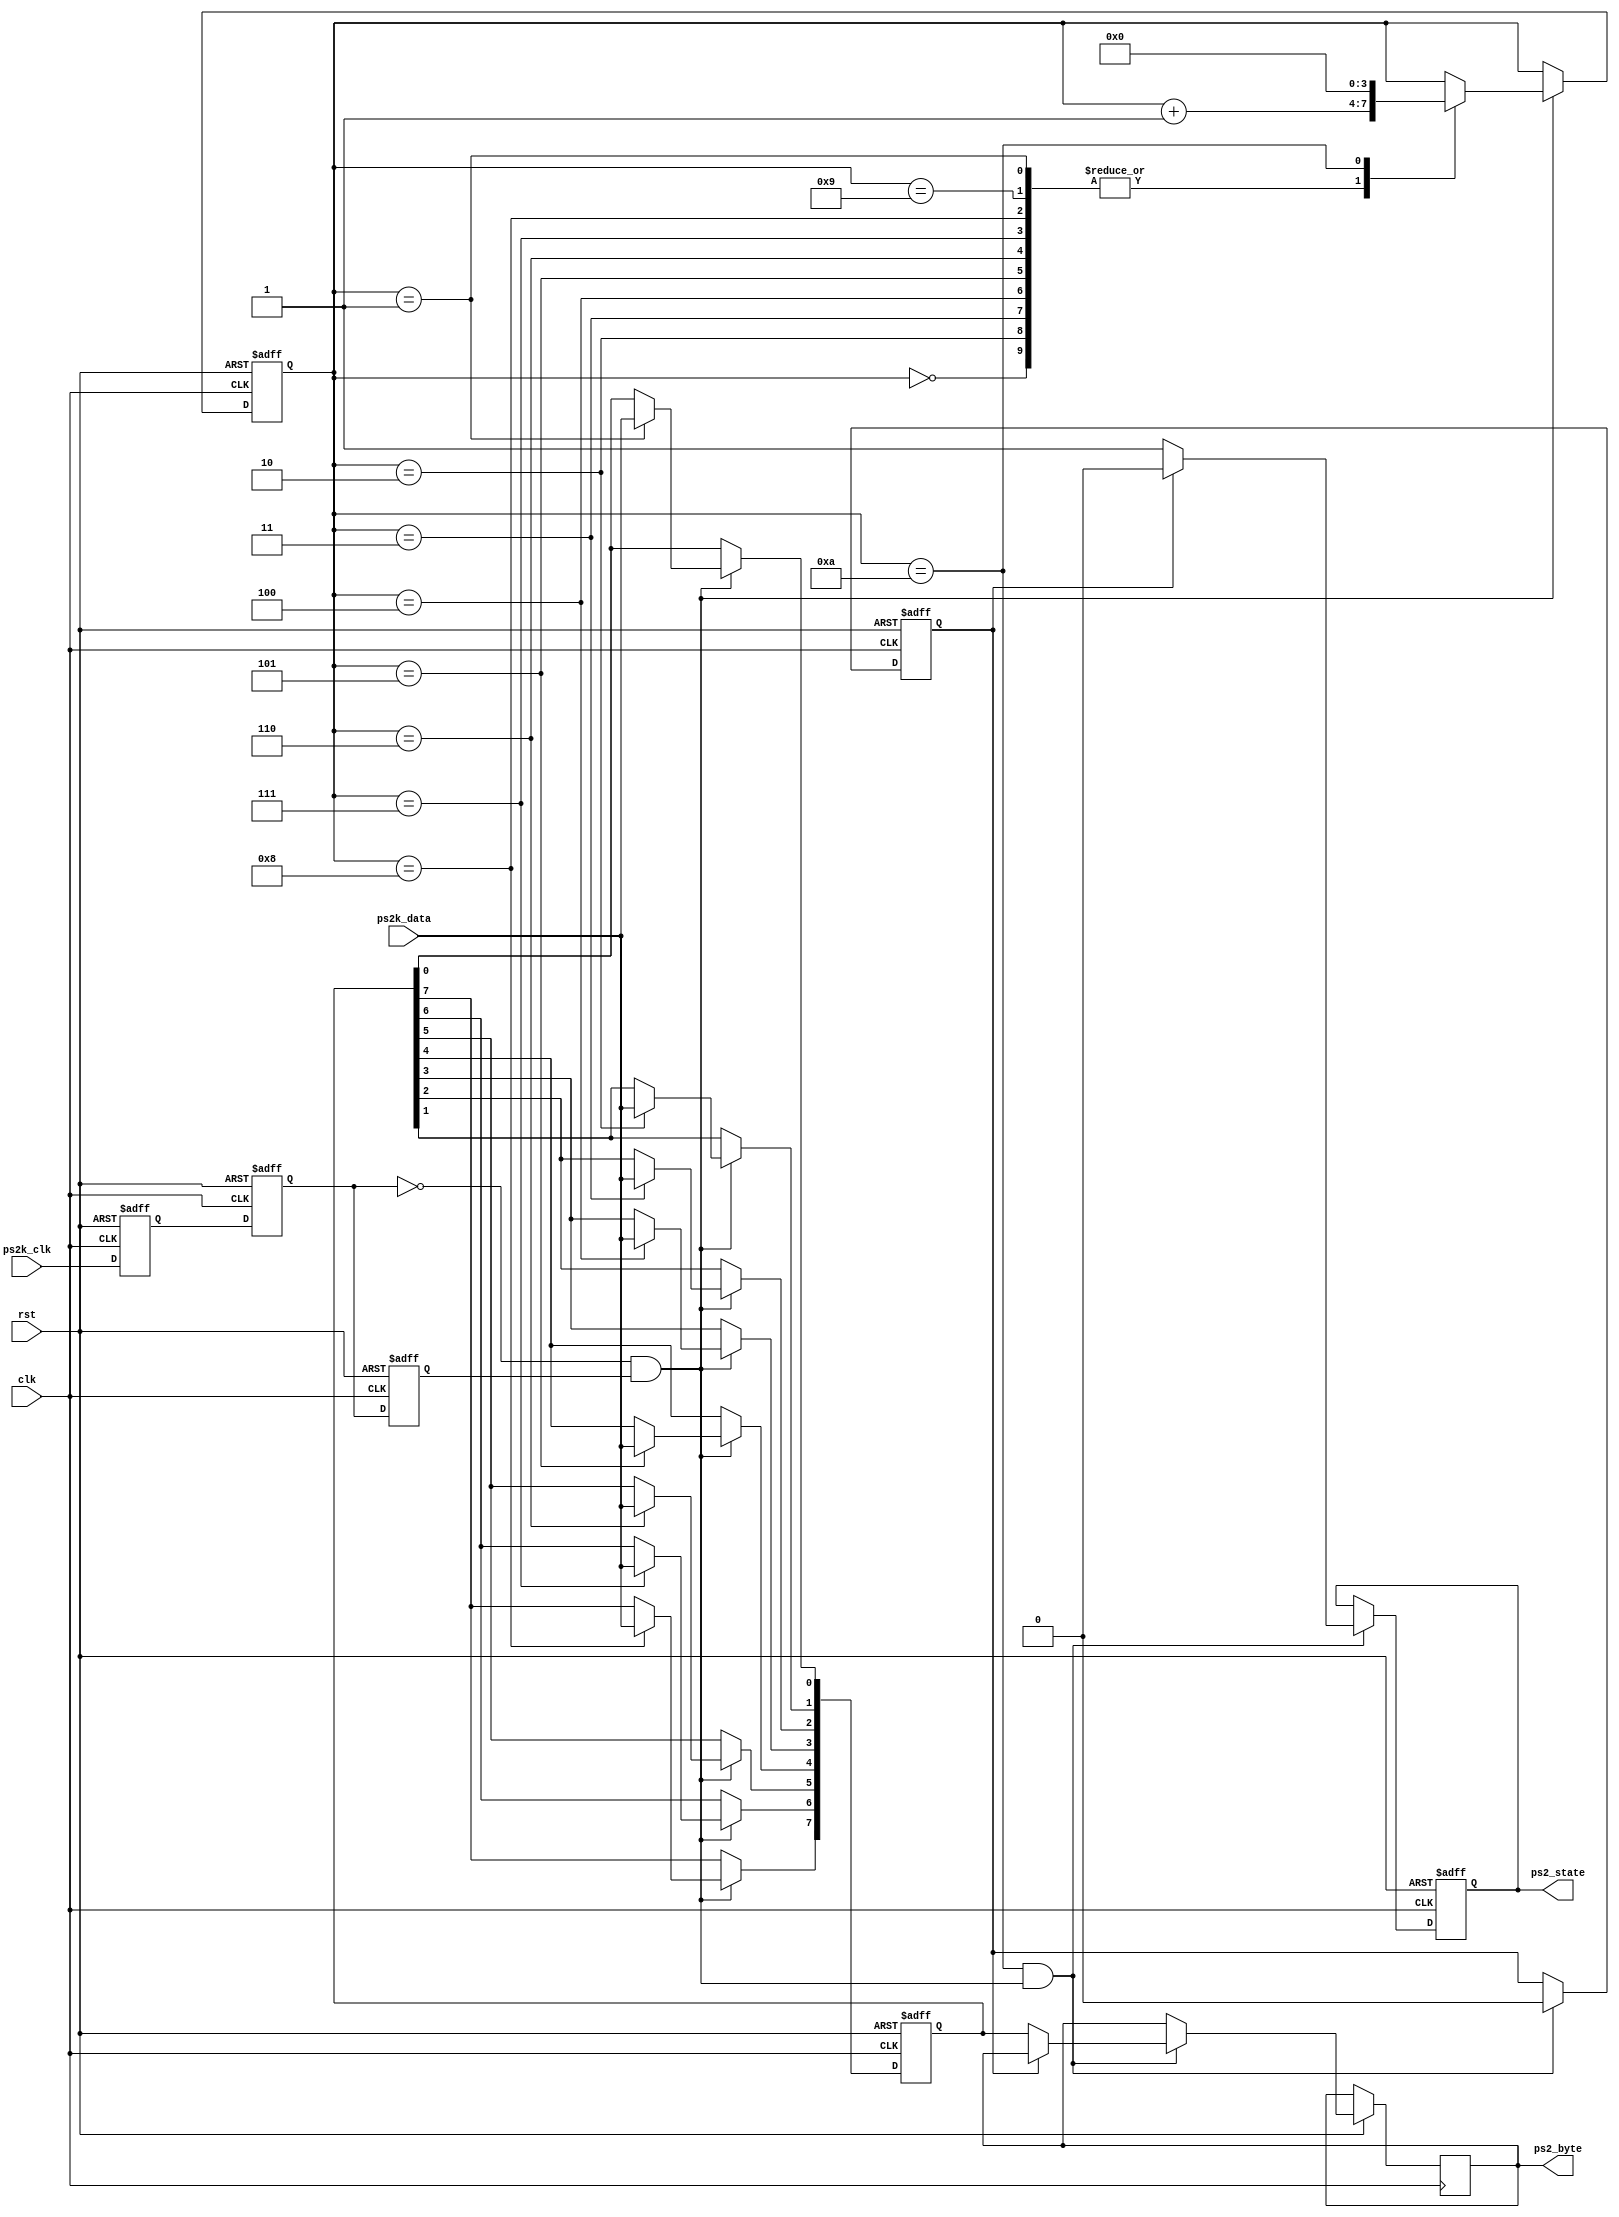
`timescale 1ns / 1ps
//////////////////////////////////////////////////////////////////////////////////
// Company: 
// Engineer: 
// 
// Design Name: 
// Module Name:    ps2_keyboard 
// Project Name: 
// Target Devices: 
// Tool versions: 
// Description: 
//
// Dependencies: 
//
// Revision: 
// Revision 0.01 - File Created
// Additional Comments: 
//
//////////////////////////////////////////////////////////////////////////////////
module ps2_keyboard(clk,rst,ps2k_clk,ps2k_data,ps2_byte,ps2_state);

input clk; //50M
input rst;  //
input ps2k_clk;   //PS2
input ps2k_data;  //PS2
output[7:0] ps2_byte;    // 1byte
output ps2_state;    //ps2_state=1

//------------------------------------------

reg ps2k_clk_r0,ps2k_clk_r1,ps2k_clk_r2;  //ps2k_clk

//wire pos_ps2k_clk;     // ps2k_clk

wire neg_ps2k_clk;   // ps2k_clk

always @ (posedge clk or negedge rst) begin
    if(!rst) begin
           ps2k_clk_r0 <= 1'b0;
           ps2k_clk_r1 <= 1'b0;
           ps2k_clk_r2 <= 1'b0;
       end
    else begin                         //
           ps2k_clk_r0 <= ps2k_clk;
           ps2k_clk_r1 <= ps2k_clk_r0;
           ps2k_clk_r2 <= ps2k_clk_r1;
       end
end

assign neg_ps2k_clk = ~ps2k_clk_r1 & ps2k_clk_r2;    //

//------------------------------------------

reg[7:0] ps2_byte_r;     //PCPS2
reg[7:0] temp_data;  //
reg[3:0] num; //

always @ (posedge clk or negedge rst) begin
    if(!rst) begin
           num <= 4'd0;
           temp_data <= 8'd0;
       end
    else if(neg_ps2k_clk) begin //ps2k_clk
           case (num)
              4'd0:  num <= num+1'b1;
              4'd1:  begin
                         num <= num+1'b1;
                         temp_data[0] <= ps2k_data;  //bit0
                     end
              4'd2:  begin
                         num <= num+1'b1;
                         temp_data[1] <= ps2k_data;  //bit1
                     end
              4'd3:  begin
                         num <= num+1'b1;
                         temp_data[2] <= ps2k_data;  //bit2
                     end
              4'd4:  begin
                         num <= num+1'b1;
                         temp_data[3] <= ps2k_data;  //bit3
                     end
              4'd5:  begin
                         num <= num+1'b1;
                         temp_data[4] <= ps2k_data;  //bit4
                     end
              4'd6:  begin
                         num <= num+1'b1;
                         temp_data[5] <= ps2k_data;  //bit5
                     end
              4'd7:  begin
                         num <= num+1'b1;
                         temp_data[6] <= ps2k_data;  //bit6
                     end
              4'd8:  begin
                         num <= num+1'b1;
                         temp_data[7] <= ps2k_data;  //bit7
                     end
              4'd9:  begin
                         num <= num+1'b1;  //
                     end
              4'd10: begin
                         num <= 4'd0;  // num
                     end
              default: ;
              endcase
       end
end

reg key_f0;       //18'hf0
reg ps2_state_r;  //ps2_state_r=1

always @ (posedge clk or negedge rst) begin //1byte
    if(!rst) begin
           key_f0 <= 1'b0;
           ps2_state_r <= 1'b0;
       end
    else if(num==4'd10&&neg_ps2k_clk) begin   //
           //if(temp_data == 8'hf0) key_f0 <= 1'b1;
           //else begin
                  if(!key_f0) begin //
                         ps2_state_r <= 1'b1;
                         ps2_byte_r <= temp_data; //   
                     end
                  else begin
                         ps2_state_r <= 1'b0;
                         key_f0 <= 1'b0;            
                     end
              //end
       end
end

assign ps2_byte = ps2_byte_r;
assign ps2_state = ps2_state_r;

endmodule